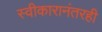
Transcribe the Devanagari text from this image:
स्वीकारानंतरही